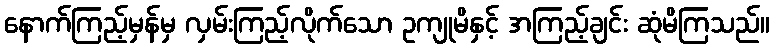
နောက်ကြည့်မှန်မှ လှမ်းကြည့်လိုက်သော ဥကျုမိနှင့် အကြည့်ချင်း ဆုံမိကြသည်။